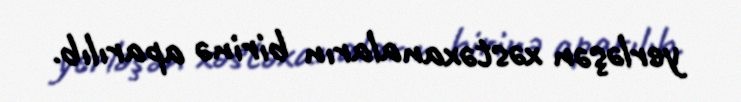
yerləşən xəstəxanaların birinə aparılıb.